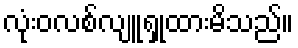
လုံးဝလစ်လျူရှုထားမိသည်။